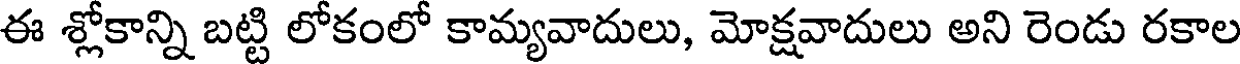
ఈ శ్లోకాన్ని బట్టి లోకంలో కామ్యవాదులు, మోక్షవాదులు అని రెండు రకాల